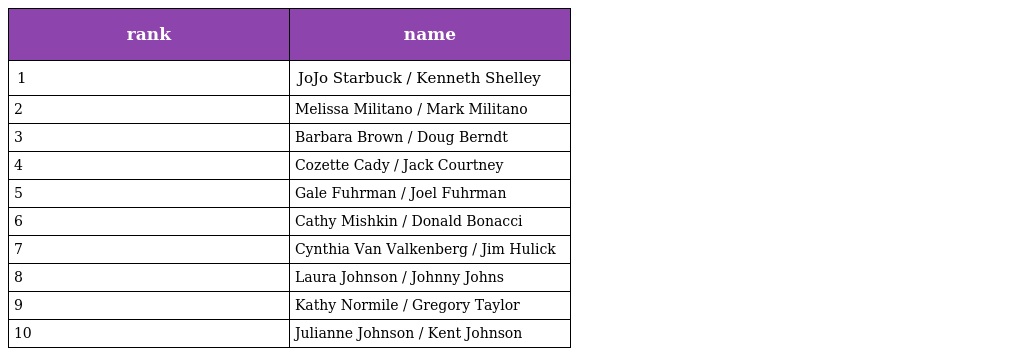
| rank | name |
 | --- | --- |
 | 1 | JoJo Starbuck / Kenneth Shelley |
 | 2 | Melissa Militano / Mark Militano |
 | 3 | Barbara Brown / Doug Berndt |
 | 4 | Cozette Cady / Jack Courtney |
 | 5 | Gale Fuhrman / Joel Fuhrman |
 | 6 | Cathy Mishkin / Donald Bonacci |
 | 7 | Cynthia Van Valkenberg / Jim Hulick |
 | 8 | Laura Johnson / Johnny Johns |
 | 9 | Kathy Normile / Gregory Taylor |
 | 10 | Julianne Johnson / Kent Johnson |